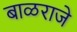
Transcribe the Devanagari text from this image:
बाळराजे